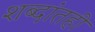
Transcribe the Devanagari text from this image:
शब्दांतही